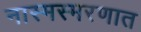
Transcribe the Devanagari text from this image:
नास्मस्मरणात